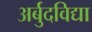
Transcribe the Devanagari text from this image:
अर्बुदविद्या